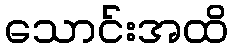
သောင်းအထိ